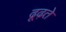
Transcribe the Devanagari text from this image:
ढूढ़ते